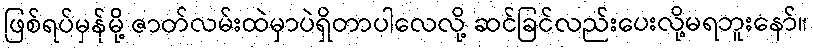
ဖြစ်ရပ်မှန်မို့ ဇာတ်လမ်းထဲမှာပဲရှိတာပါလေလို့ ဆင်ခြင်လည်းပေးလို့မရဘူးနော်။